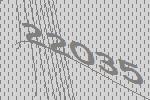
22035